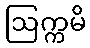
ဩက္ကမိ